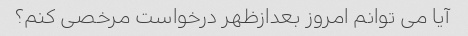
آیا می توانم امروز بعدازظهر درخواست مرخصی کنم؟